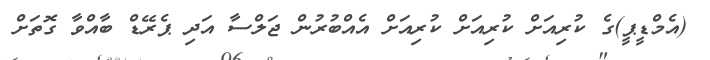
(އެމްޑީޕީ)ގެ ކުރިއަށް ކުރިއަށް ކުރިއަށް އެއްބުރުން ޖަލްސާ އަދި ޕެރޭޑް ބާއްވާ ގޮތަށް